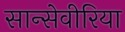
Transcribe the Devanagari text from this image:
सान्सेवीरिया